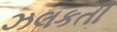
ઝલકતી